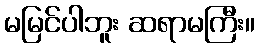
မမြင်ပါဘူး ဆရာမကြီး။